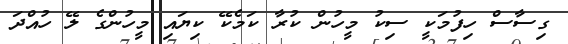
ގިސާސް ހިފުމަކީ ސިކު މީހުން ކުރާ ކަމެކޭ ކިޔައި މީހުންގެ ލޭ ހުއްދަ